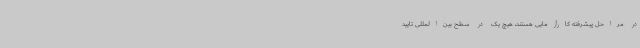
در مراحل پیشرفته کارآزمایی‌ هستند، هیچ یک در سطح بین‌المللی تایید